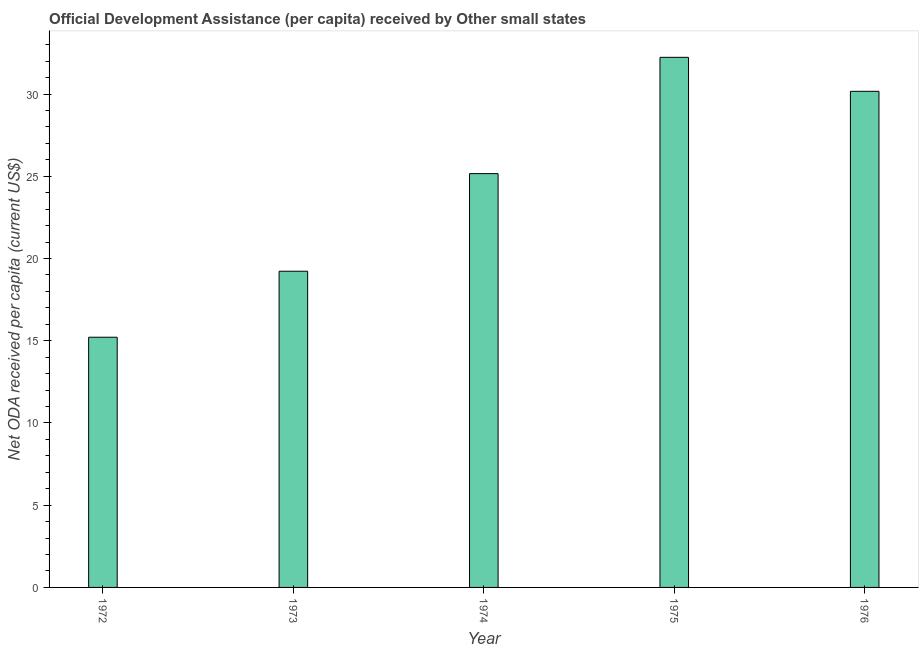
| Year | Net ODA received per capita |
 | --- | --- |
 | 1972 | 15.2 |
 | 1973 | 19.2 |
 | 1974 | 25.2 |
 | 1975 | 32.2 |
 | 1976 | 30.2 |